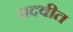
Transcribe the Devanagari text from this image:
पदवीत